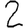
Digit: 2